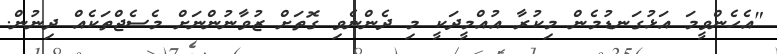
"އެހެންވީމަ އަޅުގަނޑުމެން މިކުރާ އުއްމީދަކީ މި ދެންނެވި ގޮތަށް ޒުވާނުންނަށް މެސެޖްތަކެއް ދިނުން.